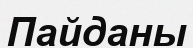
Пайданы